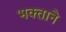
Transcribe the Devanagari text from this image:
भक्‍ताने